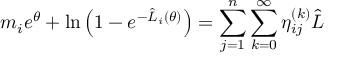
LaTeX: m _ { i } e ^ { \theta } + \ln \left( 1 - e ^ { - \hat { L } _ { i } ( \theta ) } \right) = \sum _ { j = 1 } ^ { n } \sum _ { k = 0 } ^ { \infty } \eta _ { i j } ^ { ( k ) } \hat { L }